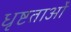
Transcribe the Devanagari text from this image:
धृष्टताओं